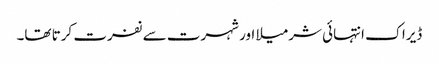
ڈیراک انتہائی شرمیلا اور شہرت سے نفرت کرتا تھا۔